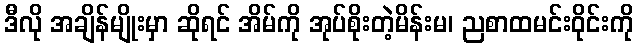
ဒီလို အချိန်မျိုးမှာ ဆိုရင် အိမ်ကို အုပ်စိုးတဲ့မိန်းမ၊ ညစာထမင်းဝိုင်းကို